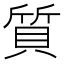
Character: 質